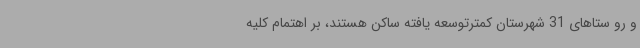
و رو ستاهای 31 شهرستان کمترتوسعه یافته ساکن هستند، بر اهتمام کلیه